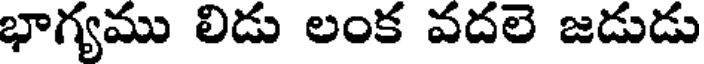
భాగ్యము లిడు లంక వదలె జడుడు